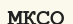
МКСО